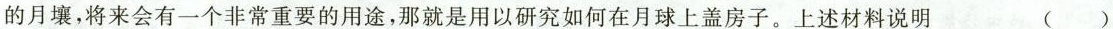
的月壤，将来会有一个非常重要的用途，那就是用以研究如何在月球上盖房子。上述材料说明 ( )